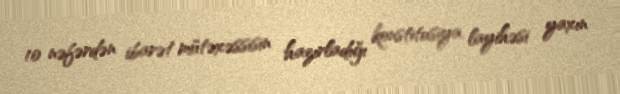
10 nəfərdən ibarət mütəxəssisin hazırladığı konstitusiya layihəsi yaxın